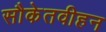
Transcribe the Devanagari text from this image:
सौकेतवीहन